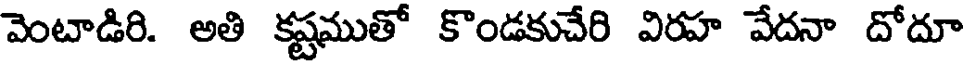
వెంటాడిరి. అతి కష్టముతో కొండకుచేరి విరహ వేదనా దోదూ